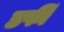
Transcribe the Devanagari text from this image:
डर्फी